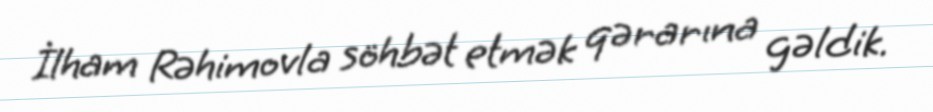
İlham Rəhimovla söhbət etmək qərarına gəldik.